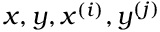
x , y , x ^ { ( i ) } , y ^ { ( j ) }